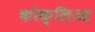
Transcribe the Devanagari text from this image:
कोक्लिआ